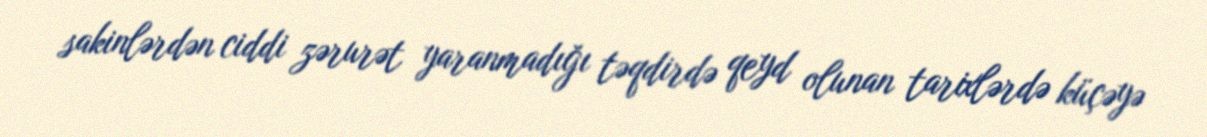
sakinlərdən ciddi zərurət yaranmadığı təqdirdə qeyd olunan tarixlərdə küçəyə